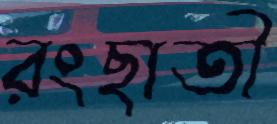
রংছাতী